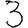
Digit: 3